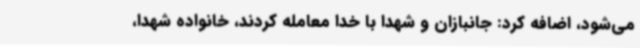
می‌شود، اضافه کرد: جانبازان و شهدا با خدا معامله کردند، خانواده شهدا،